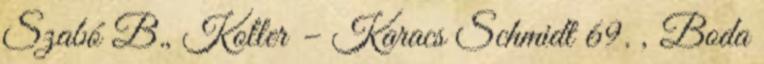
Szabó B., Koller – Karacs Schmidt 69. , Boda